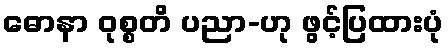
ဓောနာ ဝုစ္စတိ ပညာ-ဟု ဖွင့်ပြထားပုံ